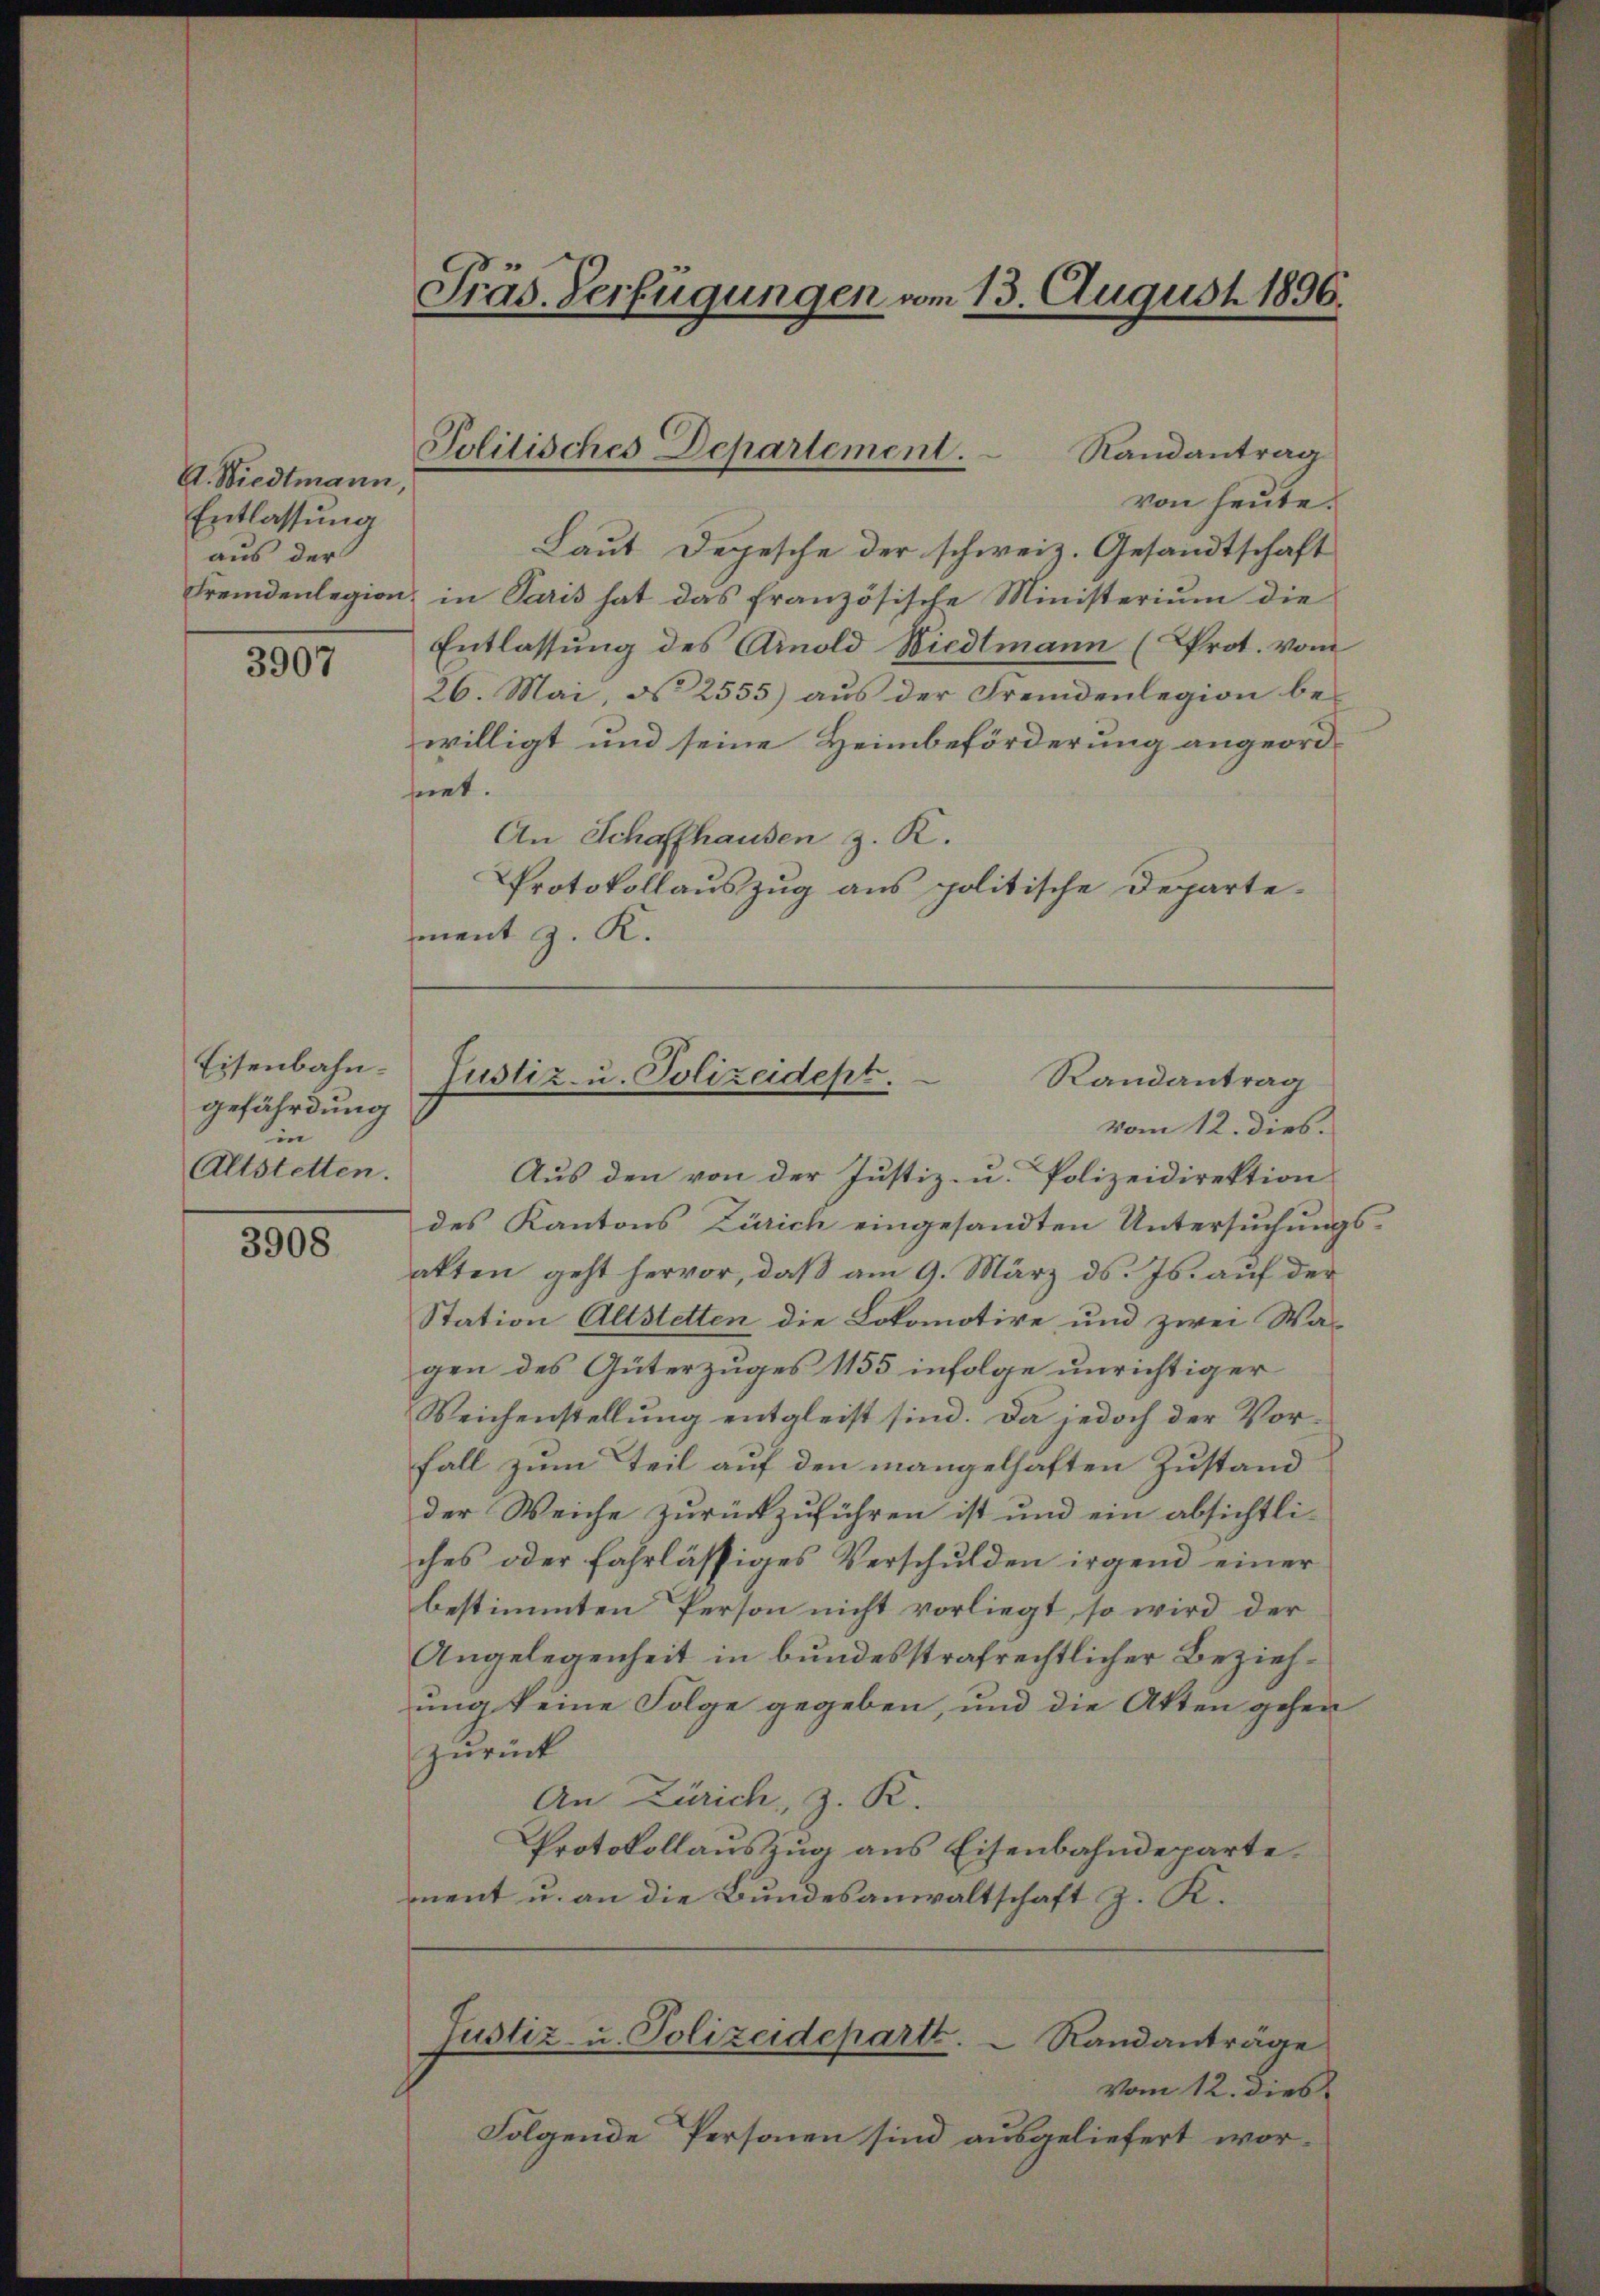
V. Wiedtmann,
Entlassung
aus der

3907

Eisenbahngefährdung
in
Altstetten.

3908

Präs. Verfügungen vom 13. August 1896.

Politisches Departement.
Randantrag

von heute.
Laut Depesche der schweiz. Gesandtschaft
Fremdenlegion, in Paris hat das französische Ministerium die
Entlassung des Amold Riedtmann (Prot. vom
26. Mai, d. 2555) aus der Fremdenlegion be-
willigt und seine Heimbeförderung angeordhnet.
An Schaffhausen z. R.
Protokollauszug aus politische Departement z. K.

Justiz- u. Polizeidept.
Randantrag
vom 12. dies.

Aus den von der Justiz- u. Polizeidirektion
des Kantons Zürich eingesandten Untersuchungs-
akten geht hervor, daß am 9. März ds. Js. auf der
Station Altstetten die Lokomotive und zwei Wa-
gen des Güterzuges 1155 infolge unrichtiger
Reichenstellung entgleist sind. Da jedoch der Vorfall zum Teil auf den mangelhaften Zustand
der Weiche zurückzuführen ist und ein absichtliches oder fahrlässiges Verschulden irgend einer
bestimmten Person nicht vorliegt, so wird der
Angelegenheit in bundesstrafrechtlicher Beziehung keine Folge gegeben, und die Akten gehen
zurück
An Zürich, z. R.
Protokollauszug aus Eisenbahndeparte.
ment u. an die Bundesanwaltschaft z. K.
Justiz- u. Polizeideparti.  Randanträge
vom 12. dies
Folgende Personen sind ausgeliefert wor¬